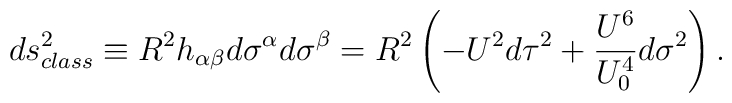
ds_{class}^2 \equiv R^2 h_{\alpha\beta}d\sigma^\alpha d\sigma^\beta = R^2\left( -U^2 d\tau^2 + \frac{U^6}{U_0^4}d\sigma^2 \right).